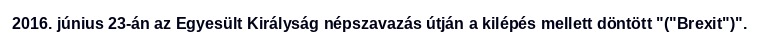
2016. június 23-án az Egyesült Királyság népszavazás útján a kilépés mellett döntött "("Brexit")".